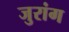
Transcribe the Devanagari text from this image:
जुरांग